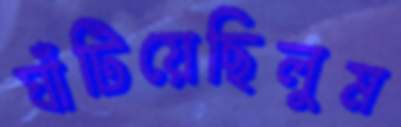
ঘাঁটিয়েছিলুম